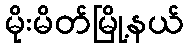
မိုးမိတ်မြို့နယ်